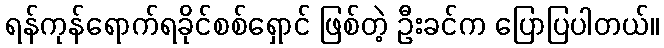
ရန်ကုန်ရောက်ရခိုင်စစ်ရှောင် ဖြစ်တဲ့ ဦးခင်က ပြောပြပါတယ်။